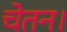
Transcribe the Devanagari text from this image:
चेतन।